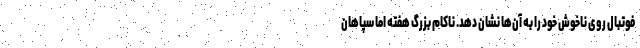
فوتبال روی ناخوش خود را به آن‌ها نشان دهد. ناکام بزرگ هفته اما سپاهان